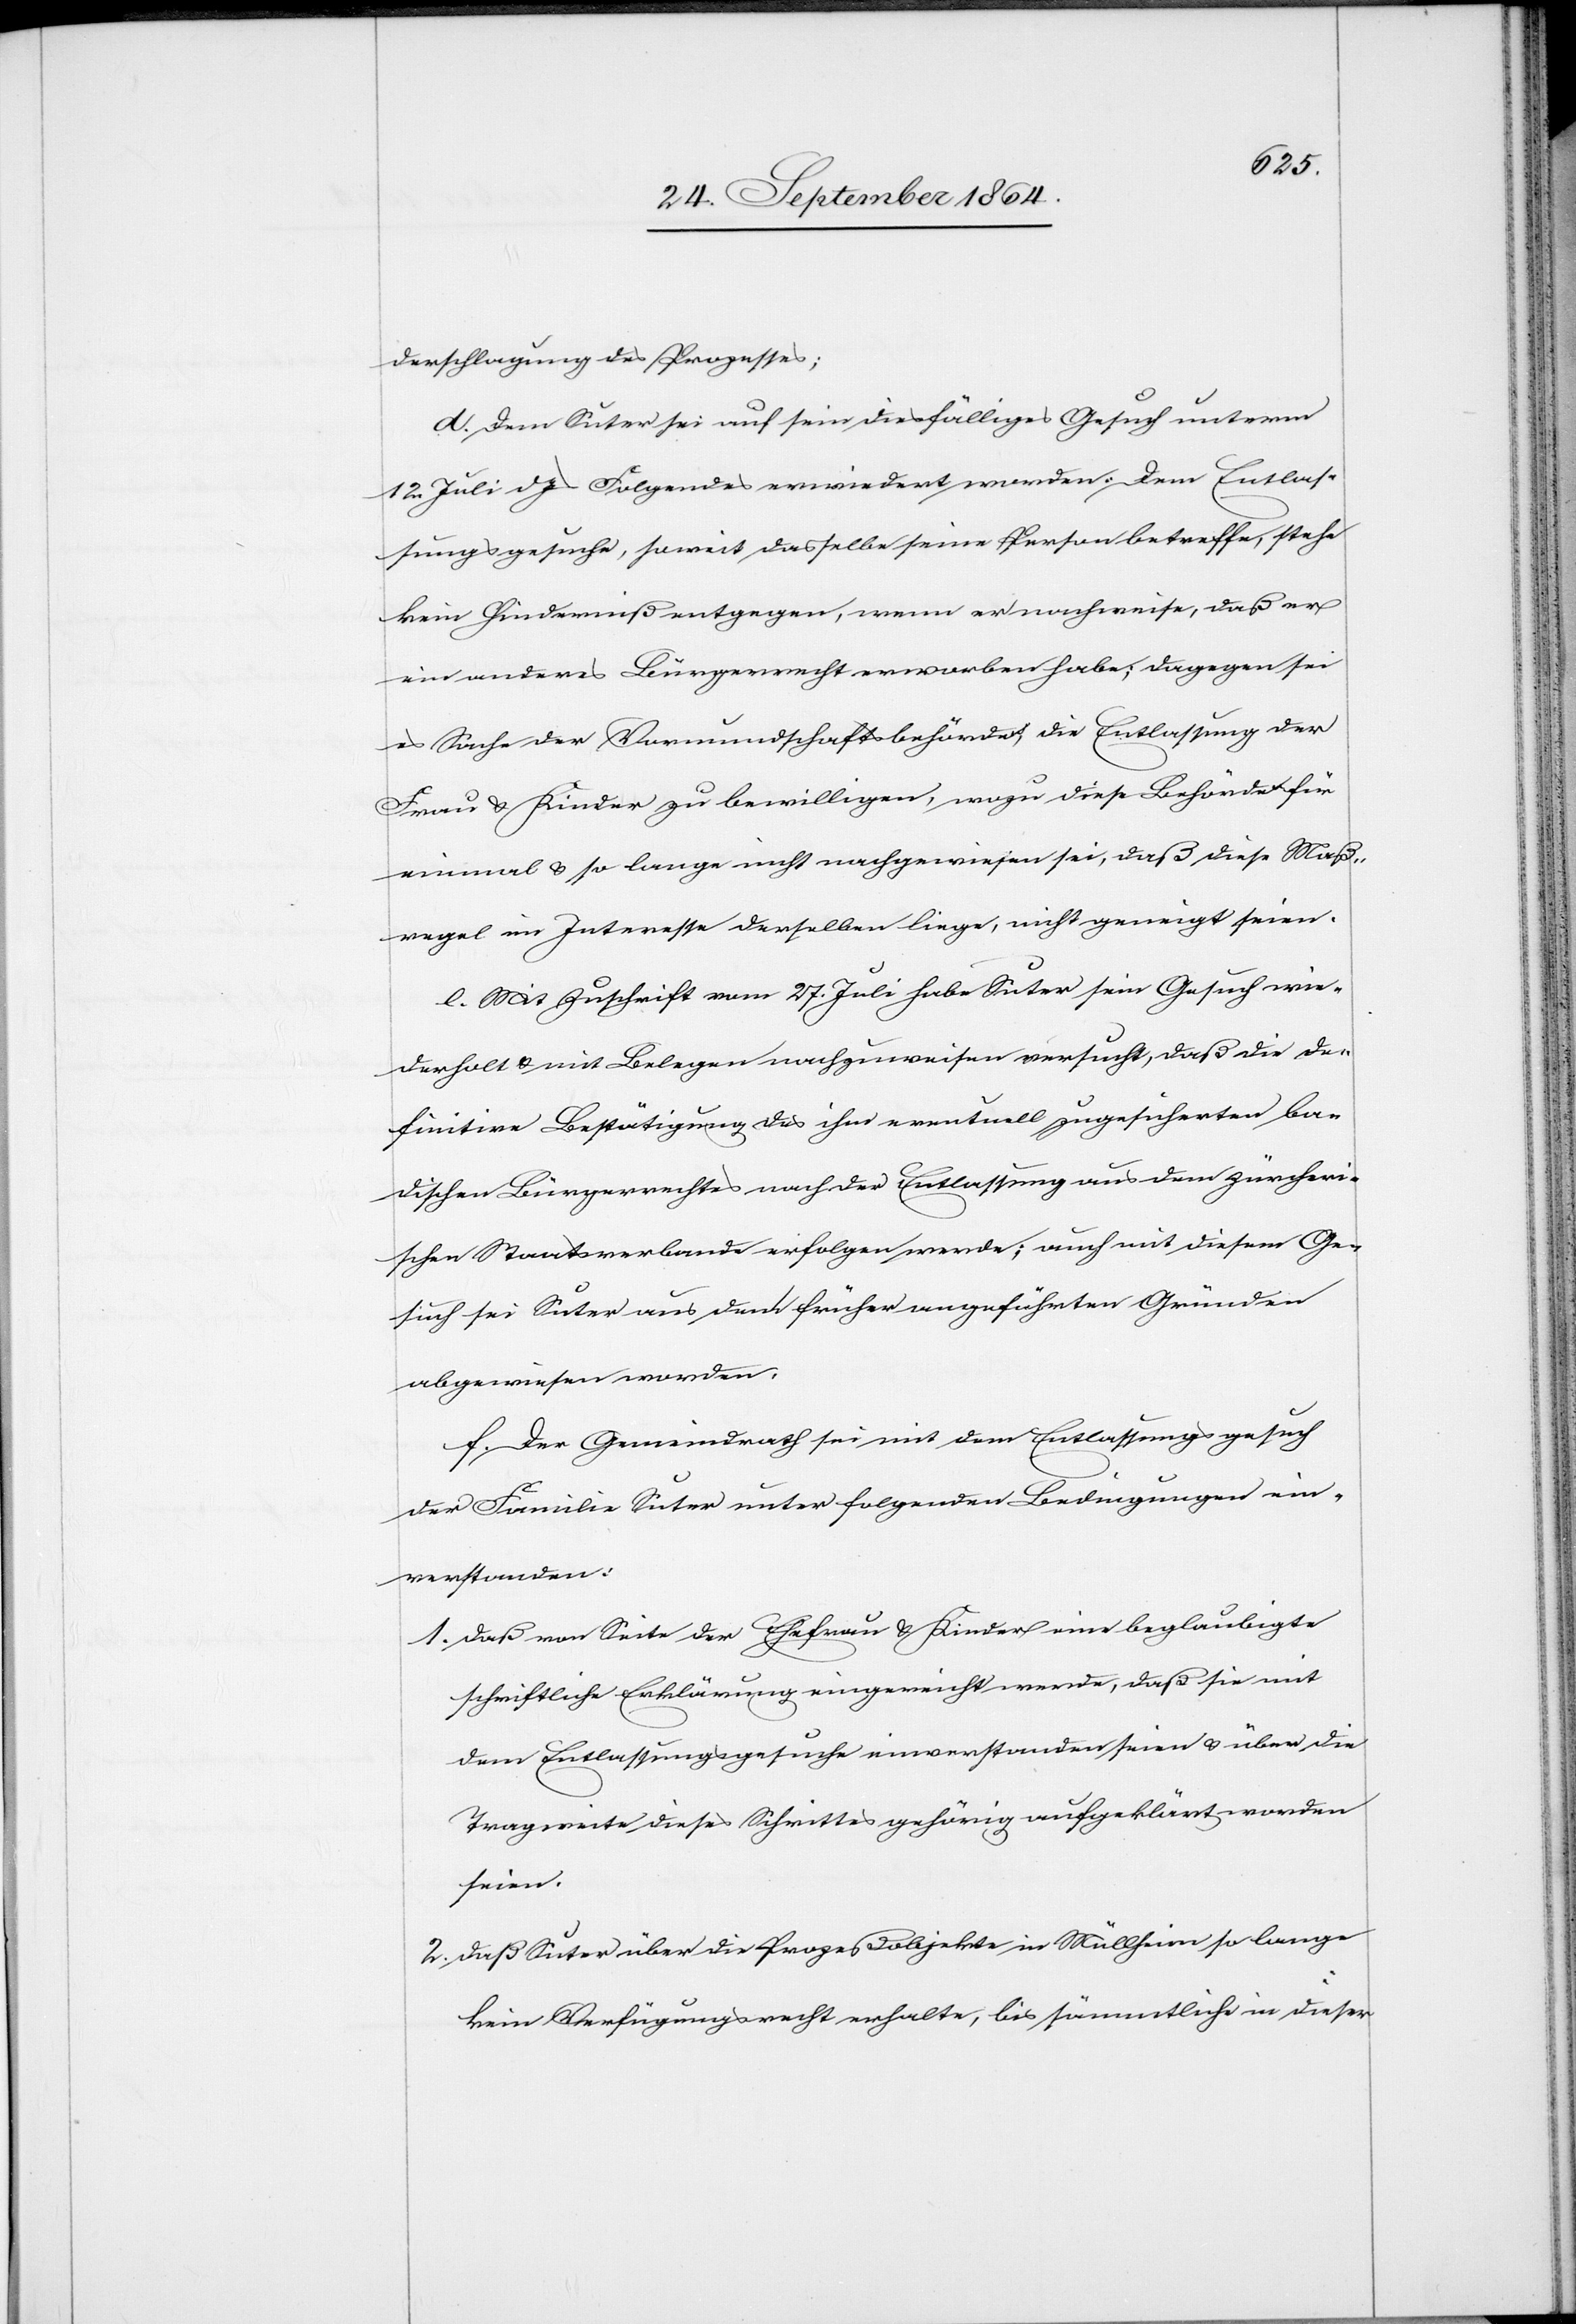
derschlagung des Prozesses;
d. Dem Suter sei auf sein diesfälliges Gesuch unterm
12. Juli d. Js Folgendes erwiedert worden: Dem Entlas¬
sungsgesuche, soweit dasselbe seine Person betreffe, stehe
kein Hinderniß entgegen, wenn er nachweise, daß er
ein anderes Bürgerrecht erworben habe; dagegen sei
es Sache der Vormundschaftsbehörden, die Entlassung der
Frau & Kinder zu bewilligen, wozu diese Behörde für
einmal & so lange nicht nachgewiesen sei, daß diese Maß¬
regel im Interesse derselben liege, nicht geneigt seien.
e. Mit Zuschrift vom 17. Juli habe Suter sein Gesuch wie¬
derholt & mit Belegen nachzuweisen versucht, daß die de¬
finitive Bestätigung des ihm eventuell zugesicherten ba¬
dischen Bürgerrechtes nach der Entlassung aus dem zürcheri¬
schen Staatsverbande erfolgen werde; auch mit diesem Ge¬
such sei Suter aus den früher angeführten Gründen
abgewiesen worden.
. Der Gemeindrath sei mit dem Entlassungsgesuch
der Familie Suter unter folgenden Bedingungen ein¬
verstanden:
1.	Daß von Seite der Ehefrau & Kinder eine beglaubigte
schriftliche Erklärung eingereicht werde, daß sie mit
dem Entlassungsgesuche einverstanden seien & über die
Tragweite dieses Schrittes gehörig aufgeklärt worden
seien.
2.	Daß Suter über die Prozeßobjekte in Müllheim so lange
kein Verfügungsrecht erhalte, bis sämmtliche in dieser